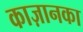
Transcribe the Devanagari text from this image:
काज़ानका